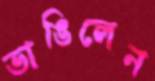
ভাঙিলেন